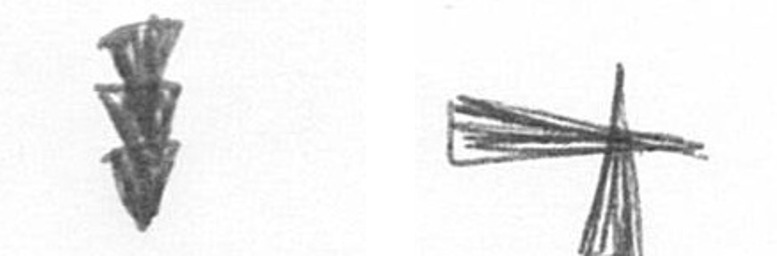
E G